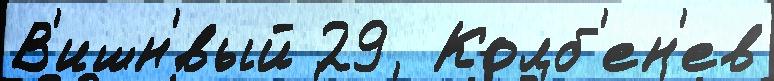
В'ишн'́вый 29  Колб'ен'ев